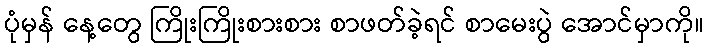
ပုံမှန် နေ့တွေ ကြိုးကြိုးစားစား စာဖတ်ခဲ့ရင် စာမေးပွဲ အောင်မှာကို။